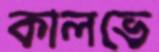
কালভে